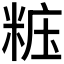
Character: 𥺁